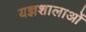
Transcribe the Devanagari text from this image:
यज्ञशालाओं